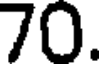
70.